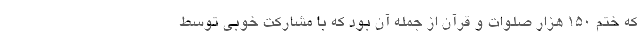
که ختم ۱۵۰ هزار صلوات و قرآن از جمله آن بود که با مشارکت خوبی توسط